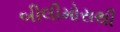
બીલીમોરાથી